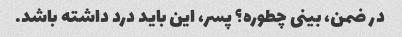
در ضمن، بینی چطوره؟ پسر، این باید درد داشته باشد.